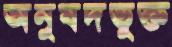
অনুষদভুক্ত